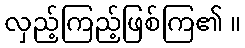
လှည့်ကြည့်ဖြစ်ကြ၏ ။